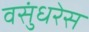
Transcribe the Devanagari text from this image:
वसुंधरेस